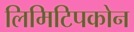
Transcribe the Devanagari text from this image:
लिमिटिपकोन